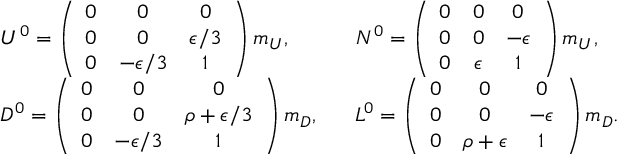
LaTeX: \begin{array} { l l } { { U ^ { 0 } = \left( \begin{array} { c c c } { { 0 } } & { { 0 } } & { { 0 } } \\ { { 0 } } & { { 0 } } & { { \epsilon / 3 } } \\ { { 0 } } & { { - \epsilon / 3 } } & { { 1 } } \end{array} \right) m _ { U } , } } & { { \; \; \; N ^ { 0 } = \left( \begin{array} { c c c } { { 0 } } & { { 0 } } & { { 0 } } \\ { { 0 } } & { { 0 } } & { { - \epsilon } } \\ { { 0 } } & { { \epsilon } } & { { 1 } } \end{array} \right) m _ { U } , } } \\ { { D ^ { 0 } = \left( \begin{array} { c c c } { { 0 } } & { { 0 } } & { { 0 } } \\ { { 0 } } & { { 0 } } & { { \rho + \epsilon / 3 } } \\ { { 0 } } & { { - \epsilon / 3 } } & { { 1 } } \end{array} \right) m _ { D } , } } & { { \; \; \; L ^ { 0 } = \left( \begin{array} { c c c } { { 0 } } & { { 0 } } & { { 0 } } \\ { { 0 } } & { { 0 } } & { { - \epsilon } } \\ { { 0 } } & { { \rho + \epsilon } } & { { 1 } } \end{array} \right) m _ { D } . } } \end{array}